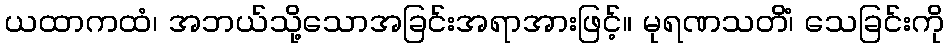
ယထာကထံ၊ အဘယ်သို့သောအခြင်းအရာအားဖြင့်။ မုရဏသတိံ၊ သေခြင်းကို